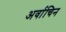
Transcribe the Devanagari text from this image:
अर्वाचिन